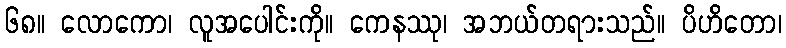
၆၈။ လောကော၊ လူအပေါင်းကို။ ကေနဿု၊ အဘယ်တရားသည်။ ပိဟိတော၊